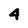
Character: 4